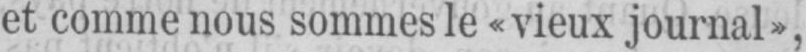
et comme nous sommes le «vieux journal»,